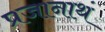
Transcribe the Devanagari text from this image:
प्रजानाथं